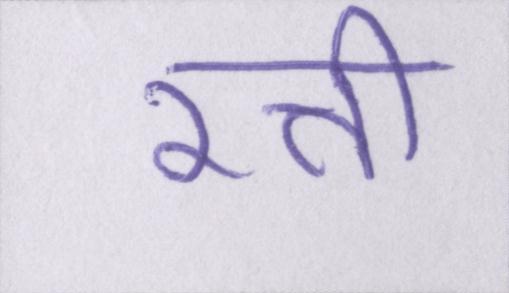
रत्ती